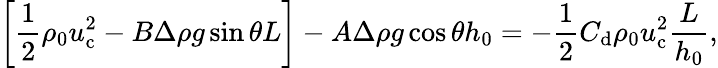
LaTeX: \left[\frac{1}{2}\rho_{0}u_{\mathrm{c}}^{2}-B\Delta\rho g\sin\theta L\right]-A\Delta\rho g\cos\theta h_{0}=-\frac{1}{2}C_{\mathrm{d}}\rho_{0}u_{\mathrm{c}}^{2}\frac{L}{h_{0}},